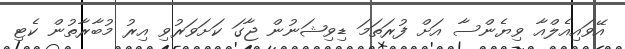
އޭވައިއެލްއާ ވިޔެންސާ އަށް ފުރަތަމަ ޑިވިޝަނުން ޖާގަ ކަށަވަރުވި އިރު މުބާރާތުން ކެޓި